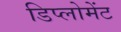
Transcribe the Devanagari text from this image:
डिप्लोमेंट